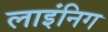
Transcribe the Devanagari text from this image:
लाइंनिग